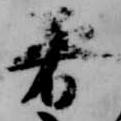
着